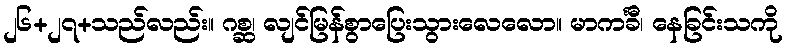
၂၆+၂၇+သည်လည်း။ ဂစ္ဆ၊ လျင်မြန်စွာပြေးသွားလေလော။ မာကင်္ခီ၊ နေခြင်းသကို